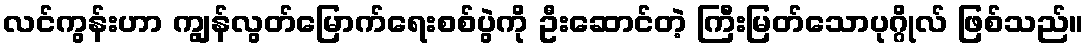
လင်ကွန်းဟာ ကျွန်လွတ်မြောက်ရေးစစ်ပွဲကို ဦးဆောင်တဲ့ ကြီးမြတ်သောပုဂ္ဂိုလ် ဖြစ်သည်။